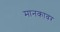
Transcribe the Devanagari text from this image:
मानकावर